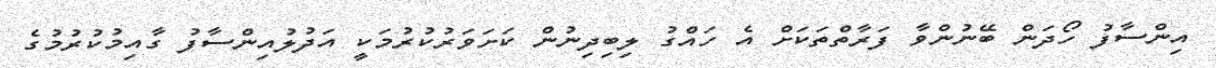
އިންސާފު ހޯދަން ބޭނުންވާ ފަރާތްތަކަށް އެ ހައްގު ލިބިދިނުން ކަށަވަރުކުރުމަކީ އަދުލުއިންސާފު ގާއިމުކުރުމުގެ